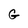
Character: G